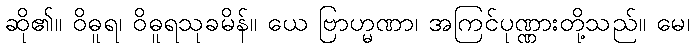
ဆို၏။ ဝိဓူရ၊ ဝိဓူရသုခမိန်။ ယေ ဗြာဟ္မဏာ၊ အကြင်ပုဏ္ဏားတို့သည်။ မေ၊